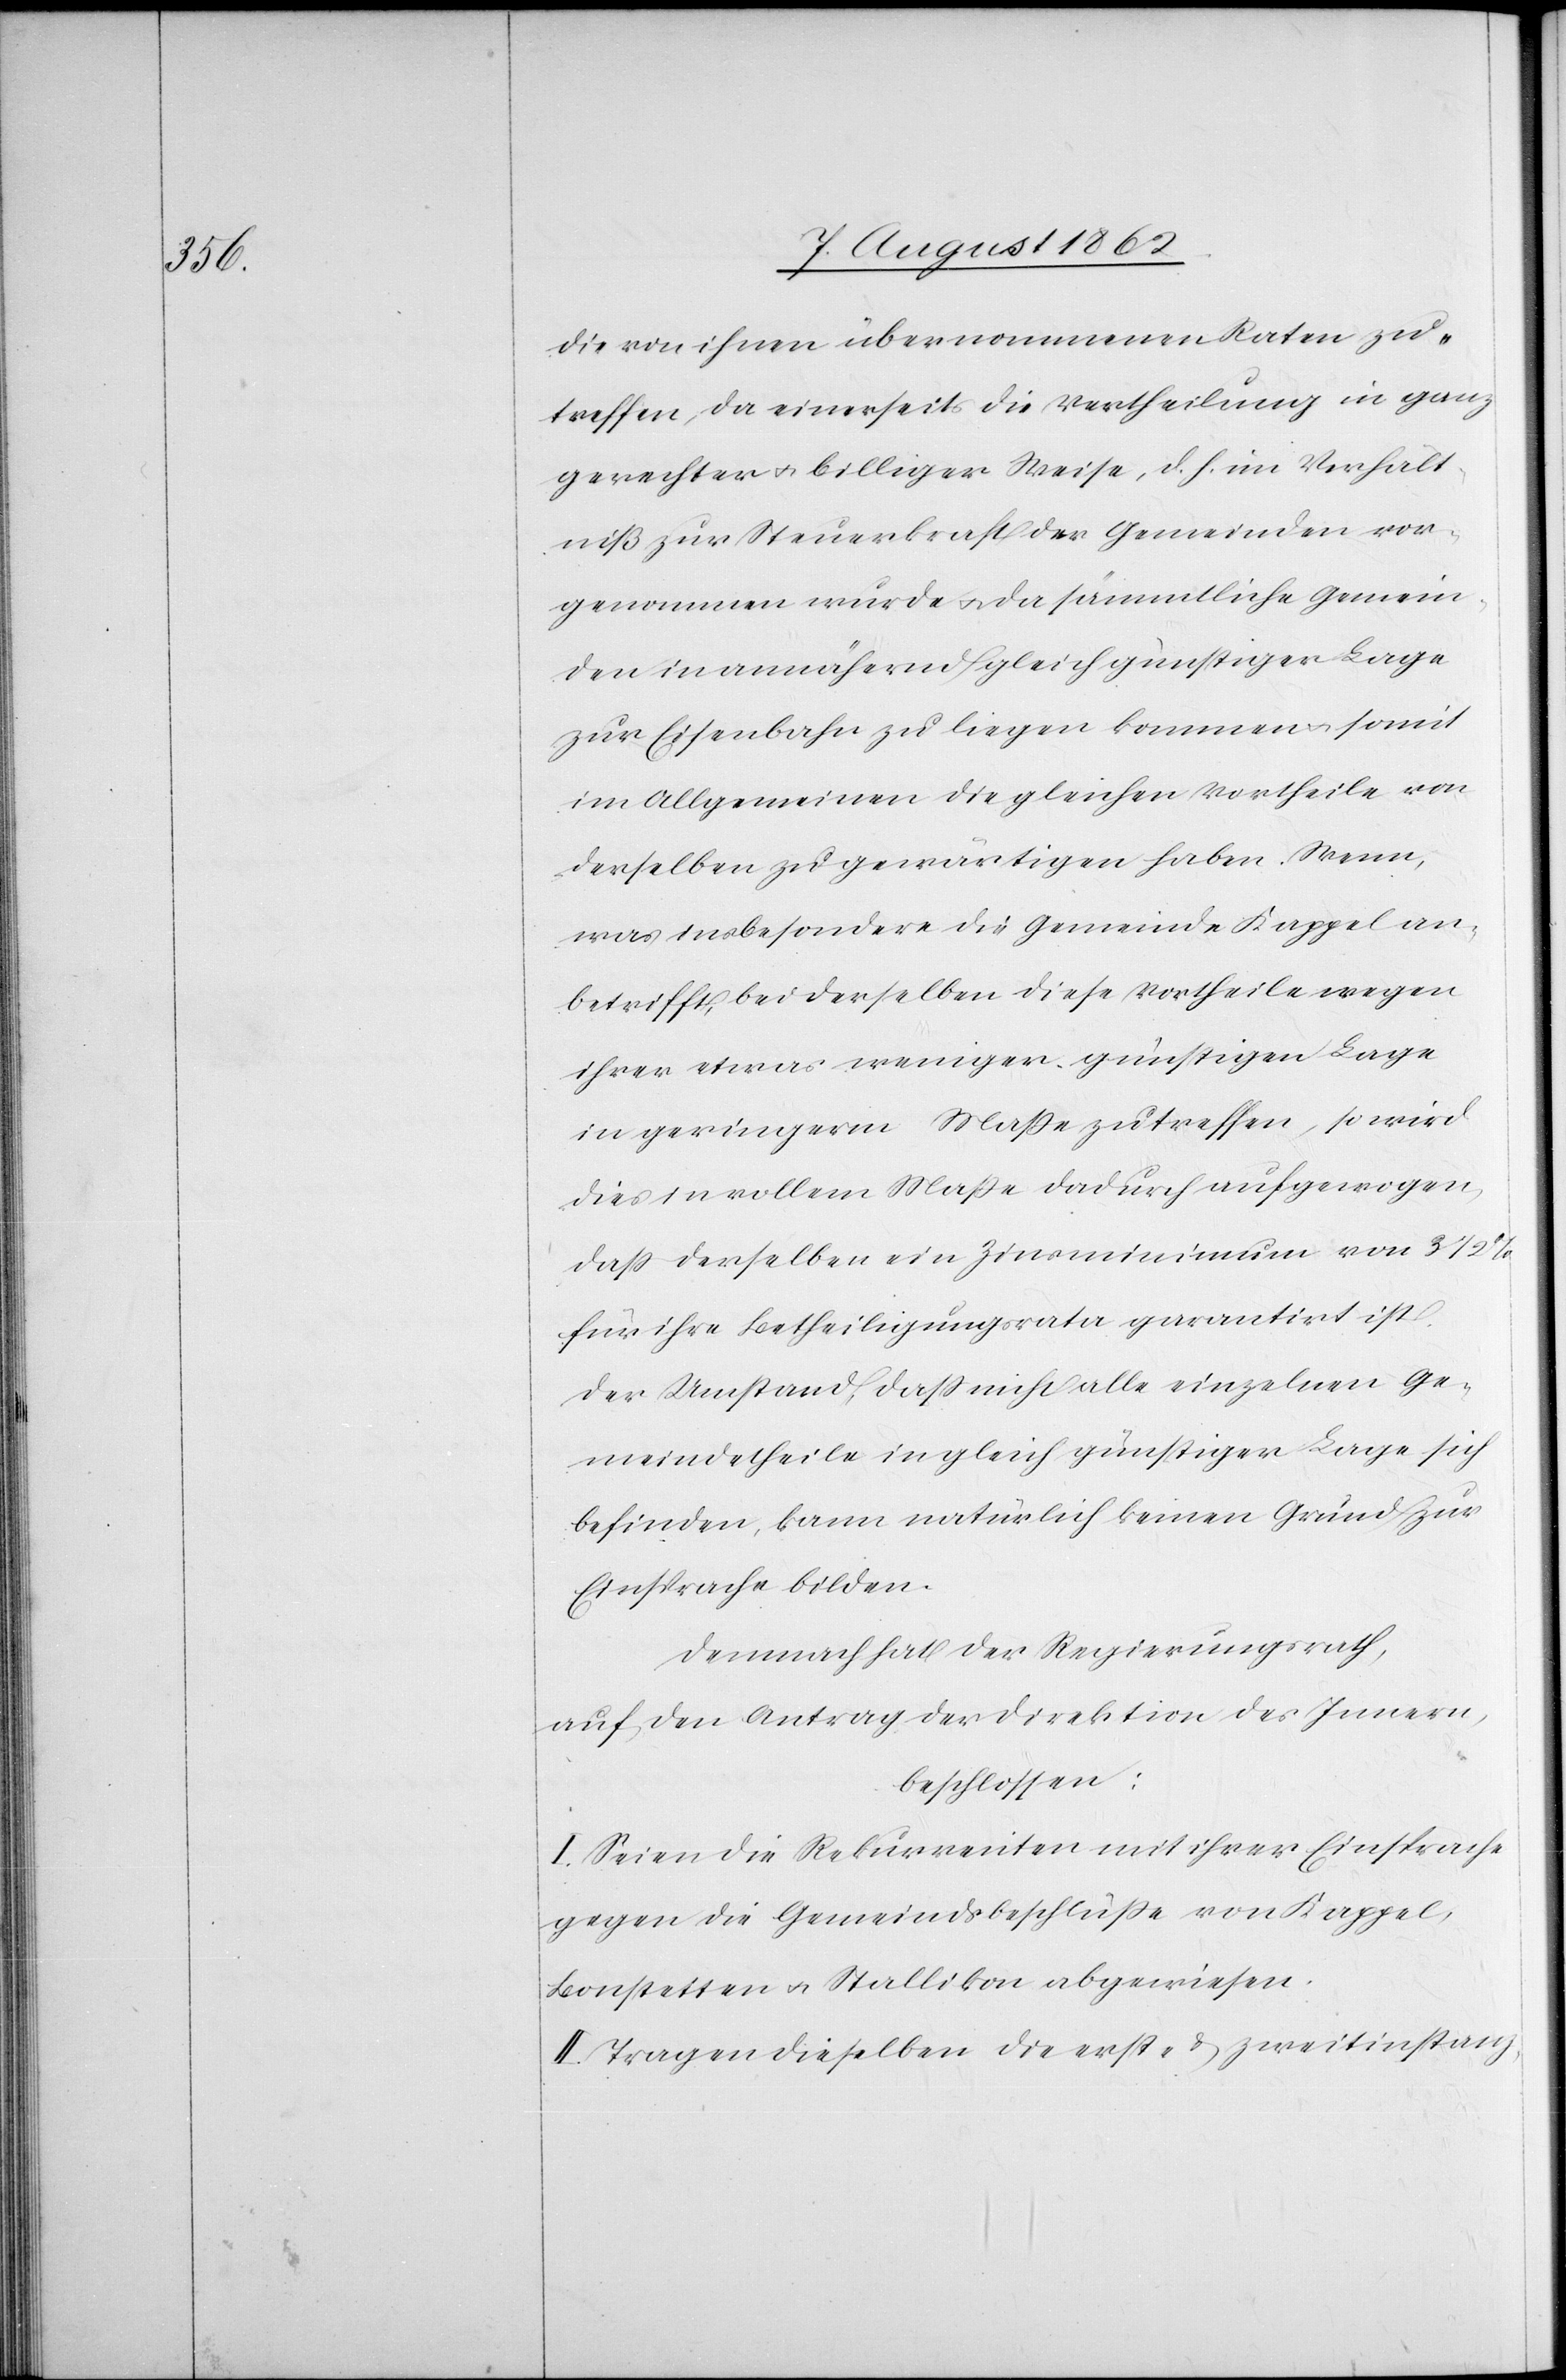
die von ihnen übernommenen Raten zu¬
treffen, da einerseits die Vertheilung in ganz
gerechter u. billiger Weise, d. h. im Verhält¬
niß zur Steuerkraft der Gemeinden vor¬
genommen wurde, u. da sämmtliche Gemein¬
den in annähernd gleich günstiger Lage
zur Eisenbahn zu liegen kommen u. somit
im Allgemeinen die gleichen Vortheil von
derselben zu gewärtigen haben. Wenn,
was insbesondere die Gemeinde Kappel an¬
betrifft, bei derselben diese Vortheile wegen
ihrer etwas weniger günstigen Lage
in geringerm Maße zu treffen, so wird
dies in vollem Maße dadurch aufgewogen,
daß derselbe ein Zinsminimum von 3
für ihre Betheiligungsrata garantirt ist.
Der Umstand, daß nicht alle einzelnen Ge¬
meindetheile in gleich günstiger Lage sich
befinden, kann natürlich keinen Grund zur
Einsprache bilden.
Demnach hat der Regierungsrath,
auf den Antrag der Direktion des Innern,
beschlossen:
I. Seien die Rekurrenten mit ihrer Einsprache
gegen die Gemeindsbeschlüße von Kappel,
Bonstetten u. Stallikon abgewiesen.
II. Tragen dieselben die erst- u. zweitinstanz-